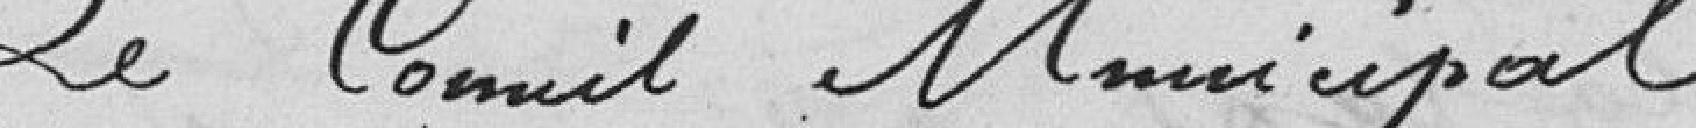
Le Conseil Municipal